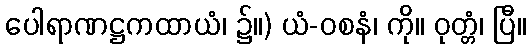
ပေါရာဏဋ္ဌကထာယံ၊ ၌။) ယံ-ဝစနံ၊ ကို။ ဝုတ္တံ၊ ပြီ။